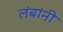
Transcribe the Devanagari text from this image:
लंबांनी